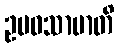
ဥပဝသာမာတိ